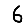
Digit: 6